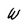
Character: W